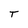
Character: T